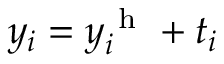
y _ { i } = y _ { i } ^ { \mathrm { ~ h ~ } } + t _ { i }